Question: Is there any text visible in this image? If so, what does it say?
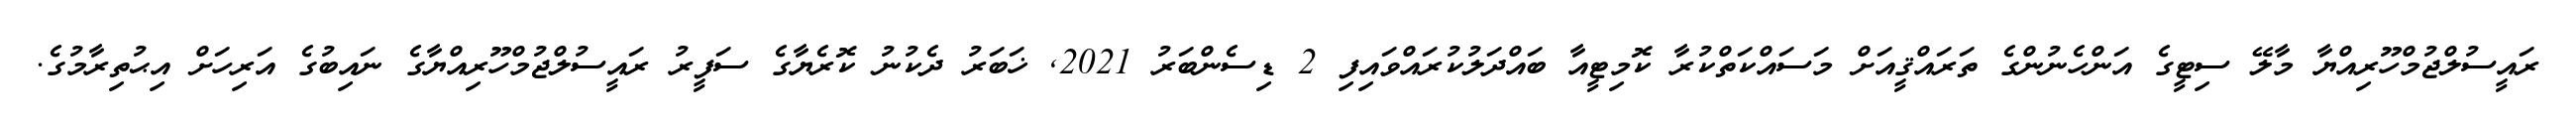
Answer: ރައީސުލްޖުމްހޫރިއްޔާ މާލޭ ސިޓީގެ އަންހެނުންގެ ތަރައްޤީއަށް މަސައްކަތްކުރާ ކޮމިޓީއާ ބައްދަލުކުރައްވައިފި 2 ޑިސެންބަރު 2021, ޚަބަރު ދެކުނު ކޮރެޔާގެ ސަފީރު ރައީސުލްޖުމްހޫރިއްޔާގެ ނައިބުގެ އަރިހަށް އިޙުތިރާމުގެ.